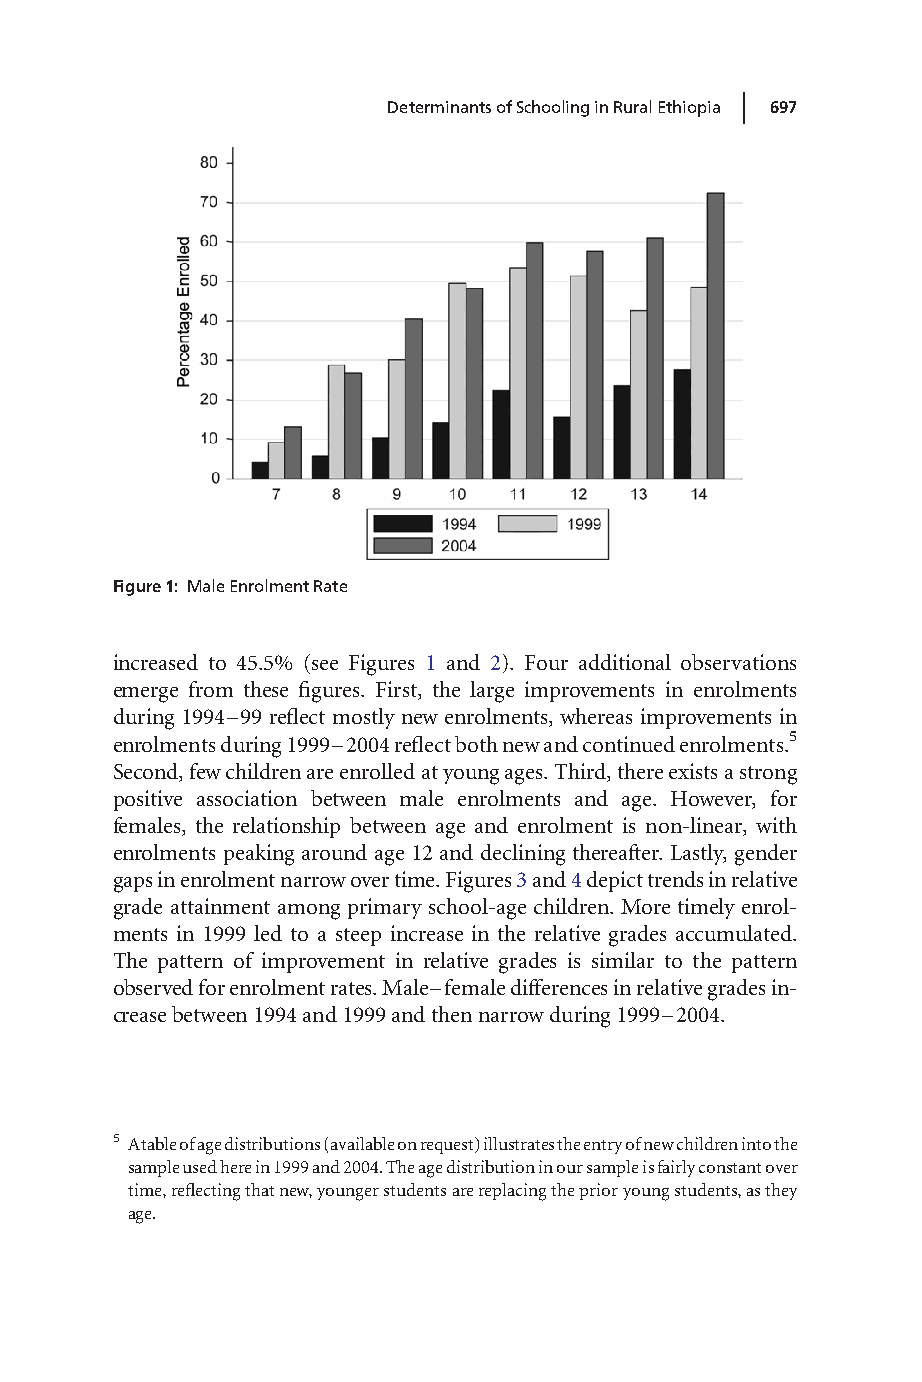
|
 DeterminantsofSchoolinginRuralEthiopia 697
 Figure1: MaleEnrolmentRate
 increased to 45.5% (see Figures 1 and 2). Four additional observations
 emerge from these figures. First, the large improvements in enrolments
 during 1994–99 reflect mostly newenrolments, whereas improvements in
 enrolmentsduring1999–2004reflectbothnewandcontinuedenrolments.5
 Second,fewchildrenareenrolledatyoungages.Third,thereexistsastrong
 positive association between male enrolments and age. However, for
 females, the relationship between age and enrolment is non-linear, with
 enrolments peaking around age 12 and declining thereafter. Lastly, gender
 gapsinenrolmentnarrowovertime.Figures3and4depicttrendsinrelative
 grade attainment among primary school-age children. More timely enrol-
 ments in 1999 led to a steep increase in the relative grades accumulated.
 The pattern of improvement in relative grades is similar to the pattern
 observedforenrolmentrates.Male–femaledifferencesinrelativegradesin-
 creasebetween1994and1999andthennarrowduring1999–2004.
 5 Atableofagedistributions(availableonrequest)illustratestheentryofnewchildrenintothe
 sampleusedherein1999and2004.Theagedistributioninoursampleisfairlyconstantover
 time,reflectingthatnew,youngerstudentsarereplacingtheprioryoungstudents,asthey
 age.